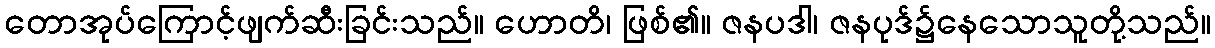
တောအုပ်ကြောင့်ဖျက်ဆီးခြင်းသည်။ ဟောတိ၊ ဖြစ်၏။ ဇနပဒါ၊ ဇနပုဒ်၌နေသောသူတို့သည်။